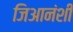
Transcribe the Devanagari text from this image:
जिआनंशी